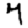
Digit: 7